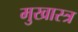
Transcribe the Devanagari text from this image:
मुखास्त्र